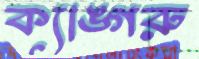
ক্যাঙ্গরু